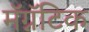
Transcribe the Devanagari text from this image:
मॅग्नॅटिक